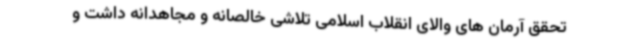
تحقق آرمان های والای انقلاب اسلامی تلاشی خالصانه و مجاهدانه داشت و